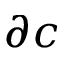
\partial c